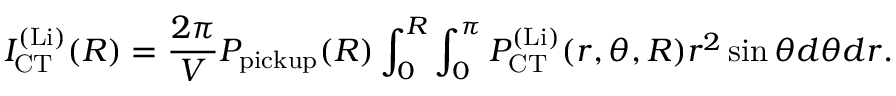
I _ { \mathrm { C T } } ^ { \mathrm { ( L i ) } } ( R ) = \frac { 2 \pi } { V } P _ { \mathrm { p i c k u p } } ( R ) \int _ { 0 } ^ { R } \int _ { 0 } ^ { \pi } P _ { \mathrm { C T } } ^ { \mathrm { ( L i ) } } ( r , \theta , R ) r ^ { 2 } \sin \theta d \theta d r .